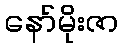
နော်မိုးဇာ